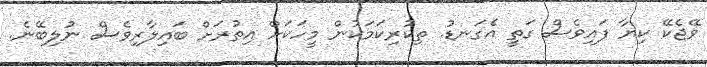
ވޭޖެކޭ ކިޔާ ފައިވެސް ގަތީ އެގަނޑު. ތިކުރިކަމަކުން މީހަކަށް އިތުރަށް ބައިލާރިވެސް ނުލިބޭނެ.